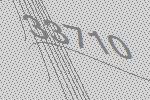
33710